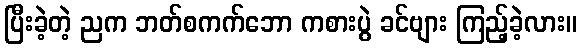
ပြီးခဲ့တဲ့ ညက ဘတ်စကက်ဘော ကစားပွဲ ခင်ဗျား ကြည့်ခဲ့လား။